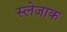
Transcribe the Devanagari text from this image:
स्लेजाक